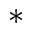
^ *